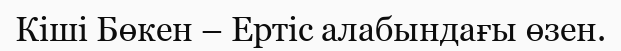
Кіші Бөкен – Ертіс алабындағы өзен.